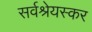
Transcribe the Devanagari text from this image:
सर्वश्रेयस्कर